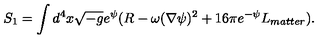
S _ { 1 } = \int d ^ { 4 } x \sqrt { - g } e ^ { \psi } ( R - \omega ( \nabla \psi ) ^ { 2 } + 1 6 \pi e ^ { - \psi } L _ { m a t t e r } ) .